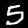
Digit: 5